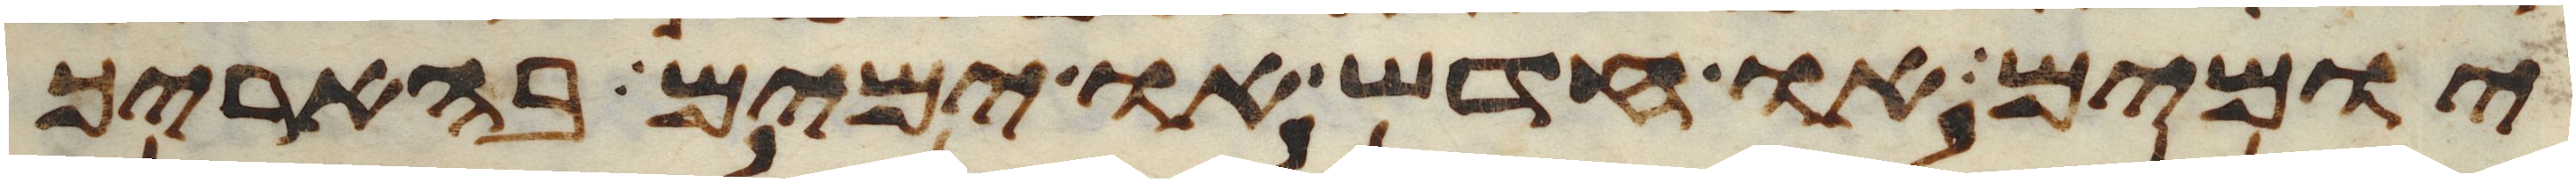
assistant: יומים או חדש או ימים בהאריך